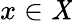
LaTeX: x\in\mathit{X}